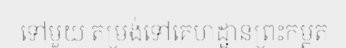
ទៅមួយ តម្រង់ទៅគេហដ្ឋានព្រះកម្ពុត